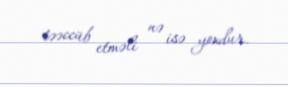
təəccüb etməli nə isə yoxdur.